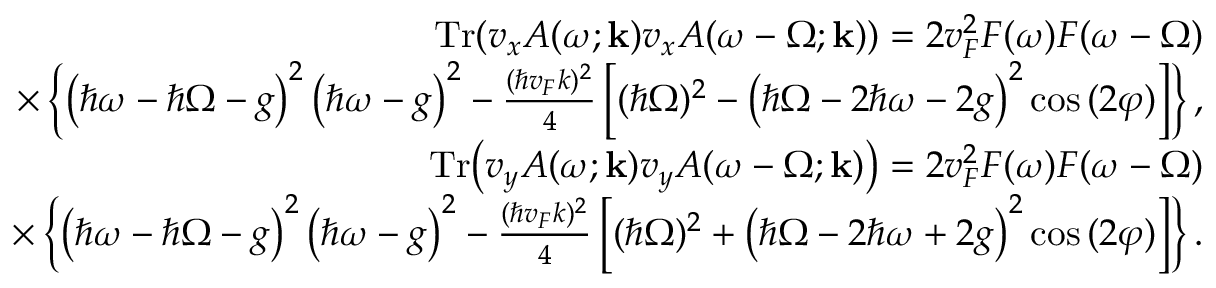
\begin{array} { r l r } & { } & { \mathrm { T r } { \left( v _ { x } A ( \omega ; \mathbf { k } ) v _ { x } A ( \omega - \Omega ; \mathbf { k } ) \right) } = 2 v _ { F } ^ { 2 } F ( \omega ) F ( \omega - \Omega ) } \\ & { } & { \quad \times \left\{ \left( \hbar \omega - \hbar \Omega - g \right) ^ { 2 } \left( \hbar \omega - g \right) ^ { 2 } - \frac { ( \hbar v _ { F } k ) ^ { 2 } } { 4 } \left[ ( \hbar \Omega ) ^ { 2 } - \left( \hbar \Omega - 2 \hbar \omega - 2 g \right) ^ { 2 } \cos { ( 2 \varphi ) } \right] \right\} , } \\ & { } & { \mathrm { T r } { \left( v _ { y } A ( \omega ; \mathbf { k } ) v _ { y } A ( \omega - \Omega ; \mathbf { k } ) \right) } = 2 v _ { F } ^ { 2 } F ( \omega ) F ( \omega - \Omega ) } \\ & { } & { \quad \times \left\{ \left( \hbar \omega - \hbar \Omega - g \right) ^ { 2 } \left( \hbar \omega - g \right) ^ { 2 } - \frac { ( \hbar v _ { F } k ) ^ { 2 } } { 4 } \left[ ( \hbar \Omega ) ^ { 2 } + \left( \hbar \Omega - 2 \hbar \omega + 2 g \right) ^ { 2 } \cos { ( 2 \varphi ) } \right] \right\} . } \end{array}